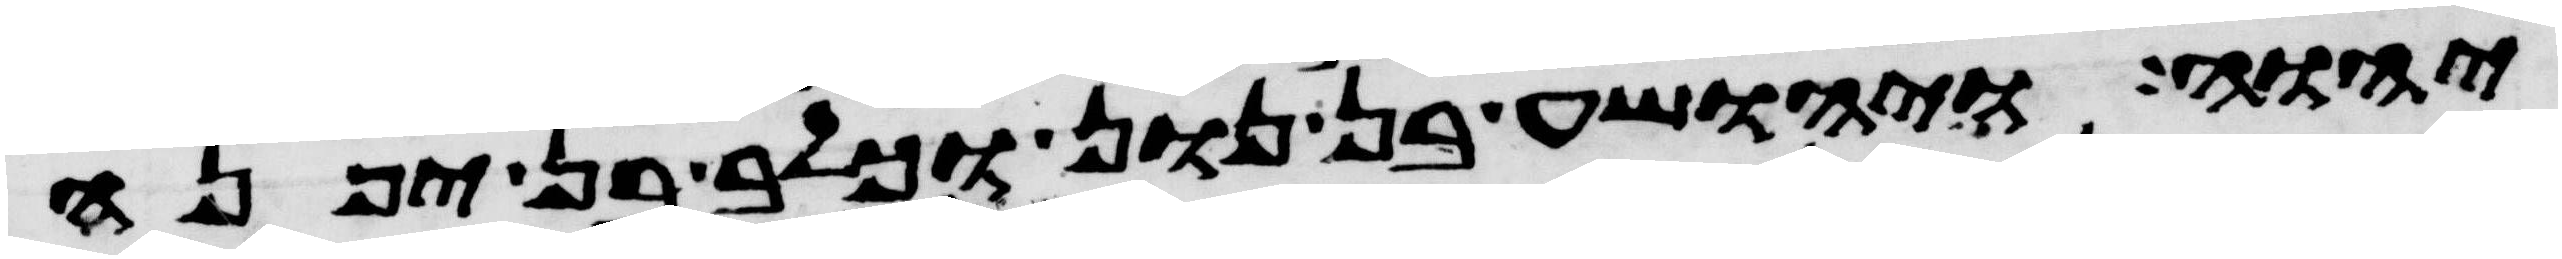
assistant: יהוה ויהושע בן נון וכלב בן יפנה